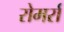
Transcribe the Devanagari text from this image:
रोमर्रा